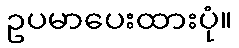
ဥပမာပေးထားပုံ။